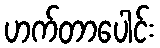
ဟက်တာပေါင်း